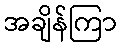
အချိန်ကြာ